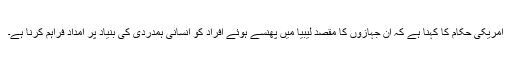
امریکی حکام کا کہنا ہے کہ ان جہازوں کا مقصد لیبیا میں پھنسے ہوئے افراد کو انسانی ہمدردی کی بنیاد پر امداد فراہم کرنا ہے۔